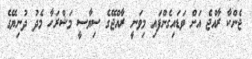
ޖެންކާ ރާއްޖެ އަށް ވަޑައިގެންފައި މިވަނީ ރާއްޖޭގެ ސިޔާސީ މަޝްރަހާ މެދު ދުނިޔޭގެ